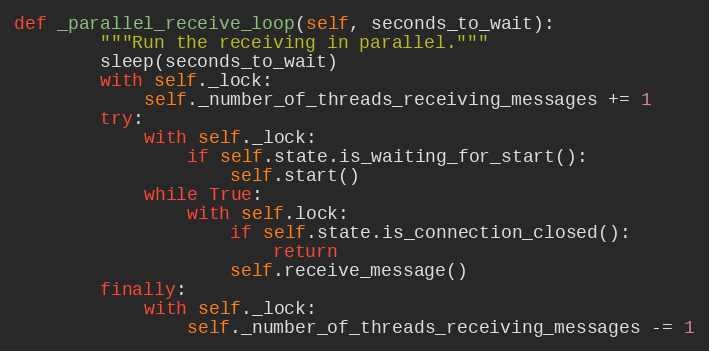
Language: Python
def _parallel_receive_loop(self, seconds_to_wait):
        """Run the receiving in parallel."""
        sleep(seconds_to_wait)
        with self._lock:
            self._number_of_threads_receiving_messages += 1
        try:
            with self._lock:
                if self.state.is_waiting_for_start():
                    self.start()
            while True:
                with self.lock:
                    if self.state.is_connection_closed():
                        return
                    self.receive_message()
        finally:
            with self._lock:
                self._number_of_threads_receiving_messages -= 1